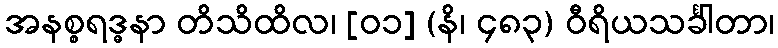
အနစ္စရဒ္ဓနာ တိသိထိလ၊ [၀၁] (နိ၊ ၄၈၃) ဝီရိယသင်္ခါတာ၊